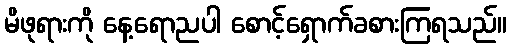
မိဖုရားကို နေ့ရောညပါ စောင့်ရှောက်ခစားကြရသည်။